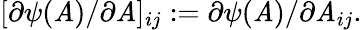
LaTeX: \lbrack\partial\psi(\mathit{A})/\partial\mathit{A}]_{ij}:=\partial\psi(\mathit{A})/\partial\mathit{A}_{ij}.